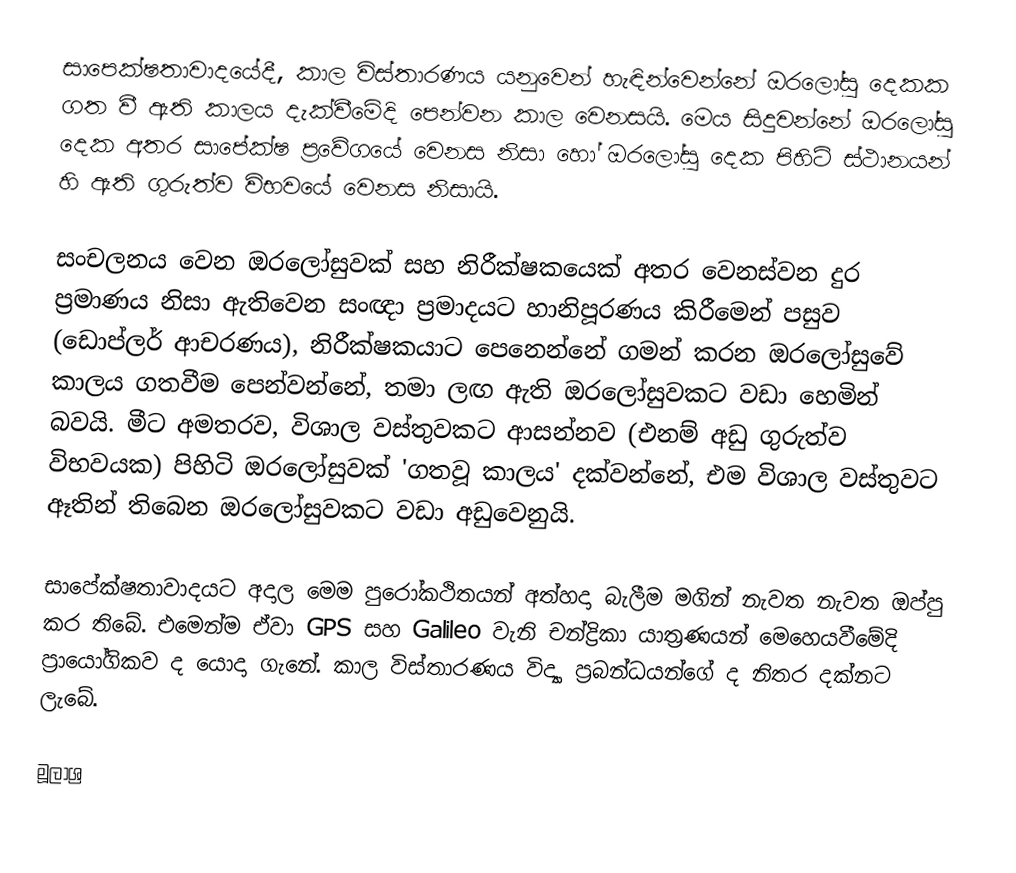
සාපෙක්ෂතාවාදයේදී, කාල විස්තාරණය යනුවෙන් හැඳින්වෙන්නේ ඔරලෝසු දෙකක ගත වී ඇති කාලය දැක්වීමේදි පෙන්වන කාල වෙනසයි. මෙය සිදුවන්නේ ඔරලෝසු දෙක අතර සාපේක්ෂ ප්‍රවේගයේ වෙනස නිසා හෝ ඔරලෝසු දෙක පිහිටි ස්ථානයන් හි ඇති ගුරුත්ව විභවයේ වෙනස නිසායි.

සංචලනය වෙන ඔරලෝසුවක් සහ නිරීක්ෂකයෙක් අතර වෙනස්වන දුර ප්‍රමාණය නිසා ඇතිවෙන සංඥා ප්‍රමාදයට හානිපූරණය කිරීමෙන් පසුව (ඩොප්ලර් ආචරණය), නිරීක්ෂකයාට පෙනෙන්නේ ගමන් කරන ඔරලෝසුවේ කාලය ගතවීම පෙන්වන්නේ, තමා ලඟ ඇති ඔරලෝසුවකට වඩා හෙමින් බවයි. මීට අමතරව, විශාල වස්තුවකට ආසන්නව (එනම් අඩු ගුරුත්ව විභවයක) පිහිටි ඔරලෝසුවක් 'ගතවූ කාලය' දක්වන්නේ, එම විශාල වස්තුවට ඈතින් තිබෙන ඔරලෝසුවකට වඩා අඩුවෙනුයි.

සාපේක්ෂතාවාදයට අදාල මෙම පුරෝකථිතයන් අත්හදා බැලීම මගින් නැවත නැවත ඔප්පු කර තිබේ. එමෙන්ම ඒවා GPS සහ Galileo වැනි චන්ද්‍රිකා යාත්‍රණයන් මෙහෙයවීමේදි ප්‍රායෝගිකව ද යොදා ගැනේ. කාල විස්තාරණය විද්‍යා ප්‍රබන්ධයන්ගේ ද නිතර දක්නට ලැබේ.

මූලාශ්‍ර